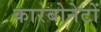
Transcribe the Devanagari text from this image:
कारबोनेटों